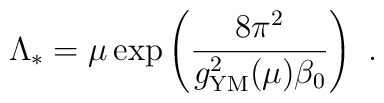
\Lambda_*=\mu\exp\left({8\pi^2\over g_{\rm{\small YM}}^2(\mu)\beta_0}\right)~.